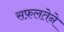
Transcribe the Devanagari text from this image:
सफ़लतेने